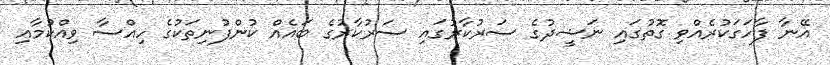
އޭނާ ފާހަގަކުރެއްވި ގޮތުގައި ނަޝީދުގެ ސަރުކާރުގައި ސަރުކާރުގެ ބައެއް ކުންފުނިތަކުގެ ހިއްސާ ވިއްކުމާއި